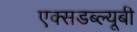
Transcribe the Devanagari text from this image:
एक्सडब्ल्यूबी